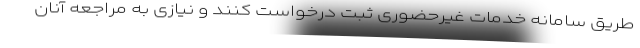
طریق سامانه خدمات غیرحضوری ثبت درخواست کنند و نیازی به مراجعه آنان